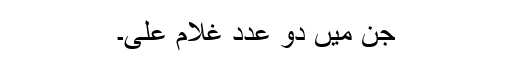
جن میں دو عدد غلام علی۔